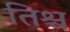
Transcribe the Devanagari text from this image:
तिश्च